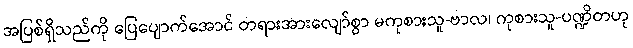
အပြစ်ရှိသည်ကို ပြေပျောက်အောင် တရားအားလျော်စွာ မကုစားသူ-ဗာလ၊ ကုစားသူ-ပဏ္ဍိတဟု